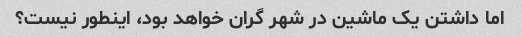
اما داشتن یک ماشین در شهر گران خواهد بود، اینطور نیست؟